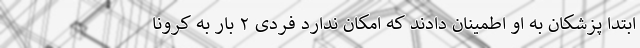
ابتدا پزشکان به او اطمینان دادند که امکان ندارد فردی ۲ بار به کرونا